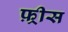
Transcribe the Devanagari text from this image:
फ़्रीस